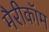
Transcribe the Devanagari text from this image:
मैरीकॉम